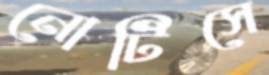
নোটিসে